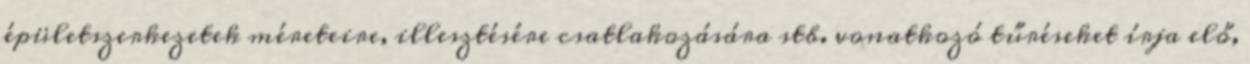
épületszerkezetek méreteire, illesztésére csatlakozására stb. vonatkozó tűréseket írja elő,